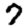
Digit: 7